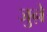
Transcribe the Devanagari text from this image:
जुऩे